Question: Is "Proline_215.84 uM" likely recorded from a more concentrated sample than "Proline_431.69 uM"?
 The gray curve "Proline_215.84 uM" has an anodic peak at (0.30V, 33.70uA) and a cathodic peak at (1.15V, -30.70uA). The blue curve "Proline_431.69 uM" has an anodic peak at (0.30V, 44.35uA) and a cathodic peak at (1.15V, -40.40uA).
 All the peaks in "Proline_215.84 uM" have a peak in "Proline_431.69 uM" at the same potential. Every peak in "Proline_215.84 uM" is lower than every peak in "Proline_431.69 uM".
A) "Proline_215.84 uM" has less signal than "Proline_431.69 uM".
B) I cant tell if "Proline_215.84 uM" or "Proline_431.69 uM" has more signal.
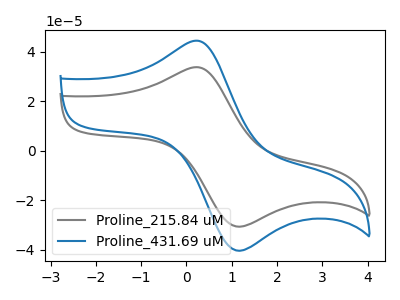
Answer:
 <answer>A) "Proline_215.84 uM" has less signal than "Proline_431.69 uM".</answer>
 <eval>A</eval>